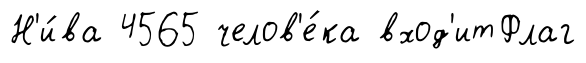
Н'и́ва 4565 челов'е́ка вход'итФлаг